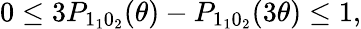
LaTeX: \begin{array}{r}{0\leq 3P_{1_{1}0_{2}}(\theta)-P_{1_{1}0_{2}}(3\theta)\leq 1,}\end{array}